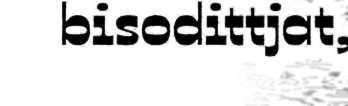
bisodittjat,